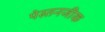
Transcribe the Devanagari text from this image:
पेस्तनजीक